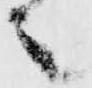
之